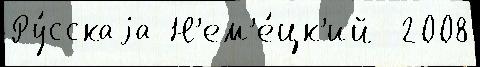
Ру́сскаjа Н'ем'е́цк'ий  2008